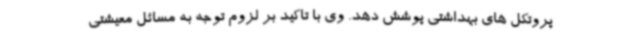
پروتکل های بهداشتی پوشش دهد. وی با تاکید بر لزوم توجه به مسائل معیشتی